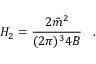
H _ { 2 } = \frac { 2 \tilde { m } ^ { 2 } } { ( 2 \pi ) ^ { 3 } 4 B } \; \; \; .